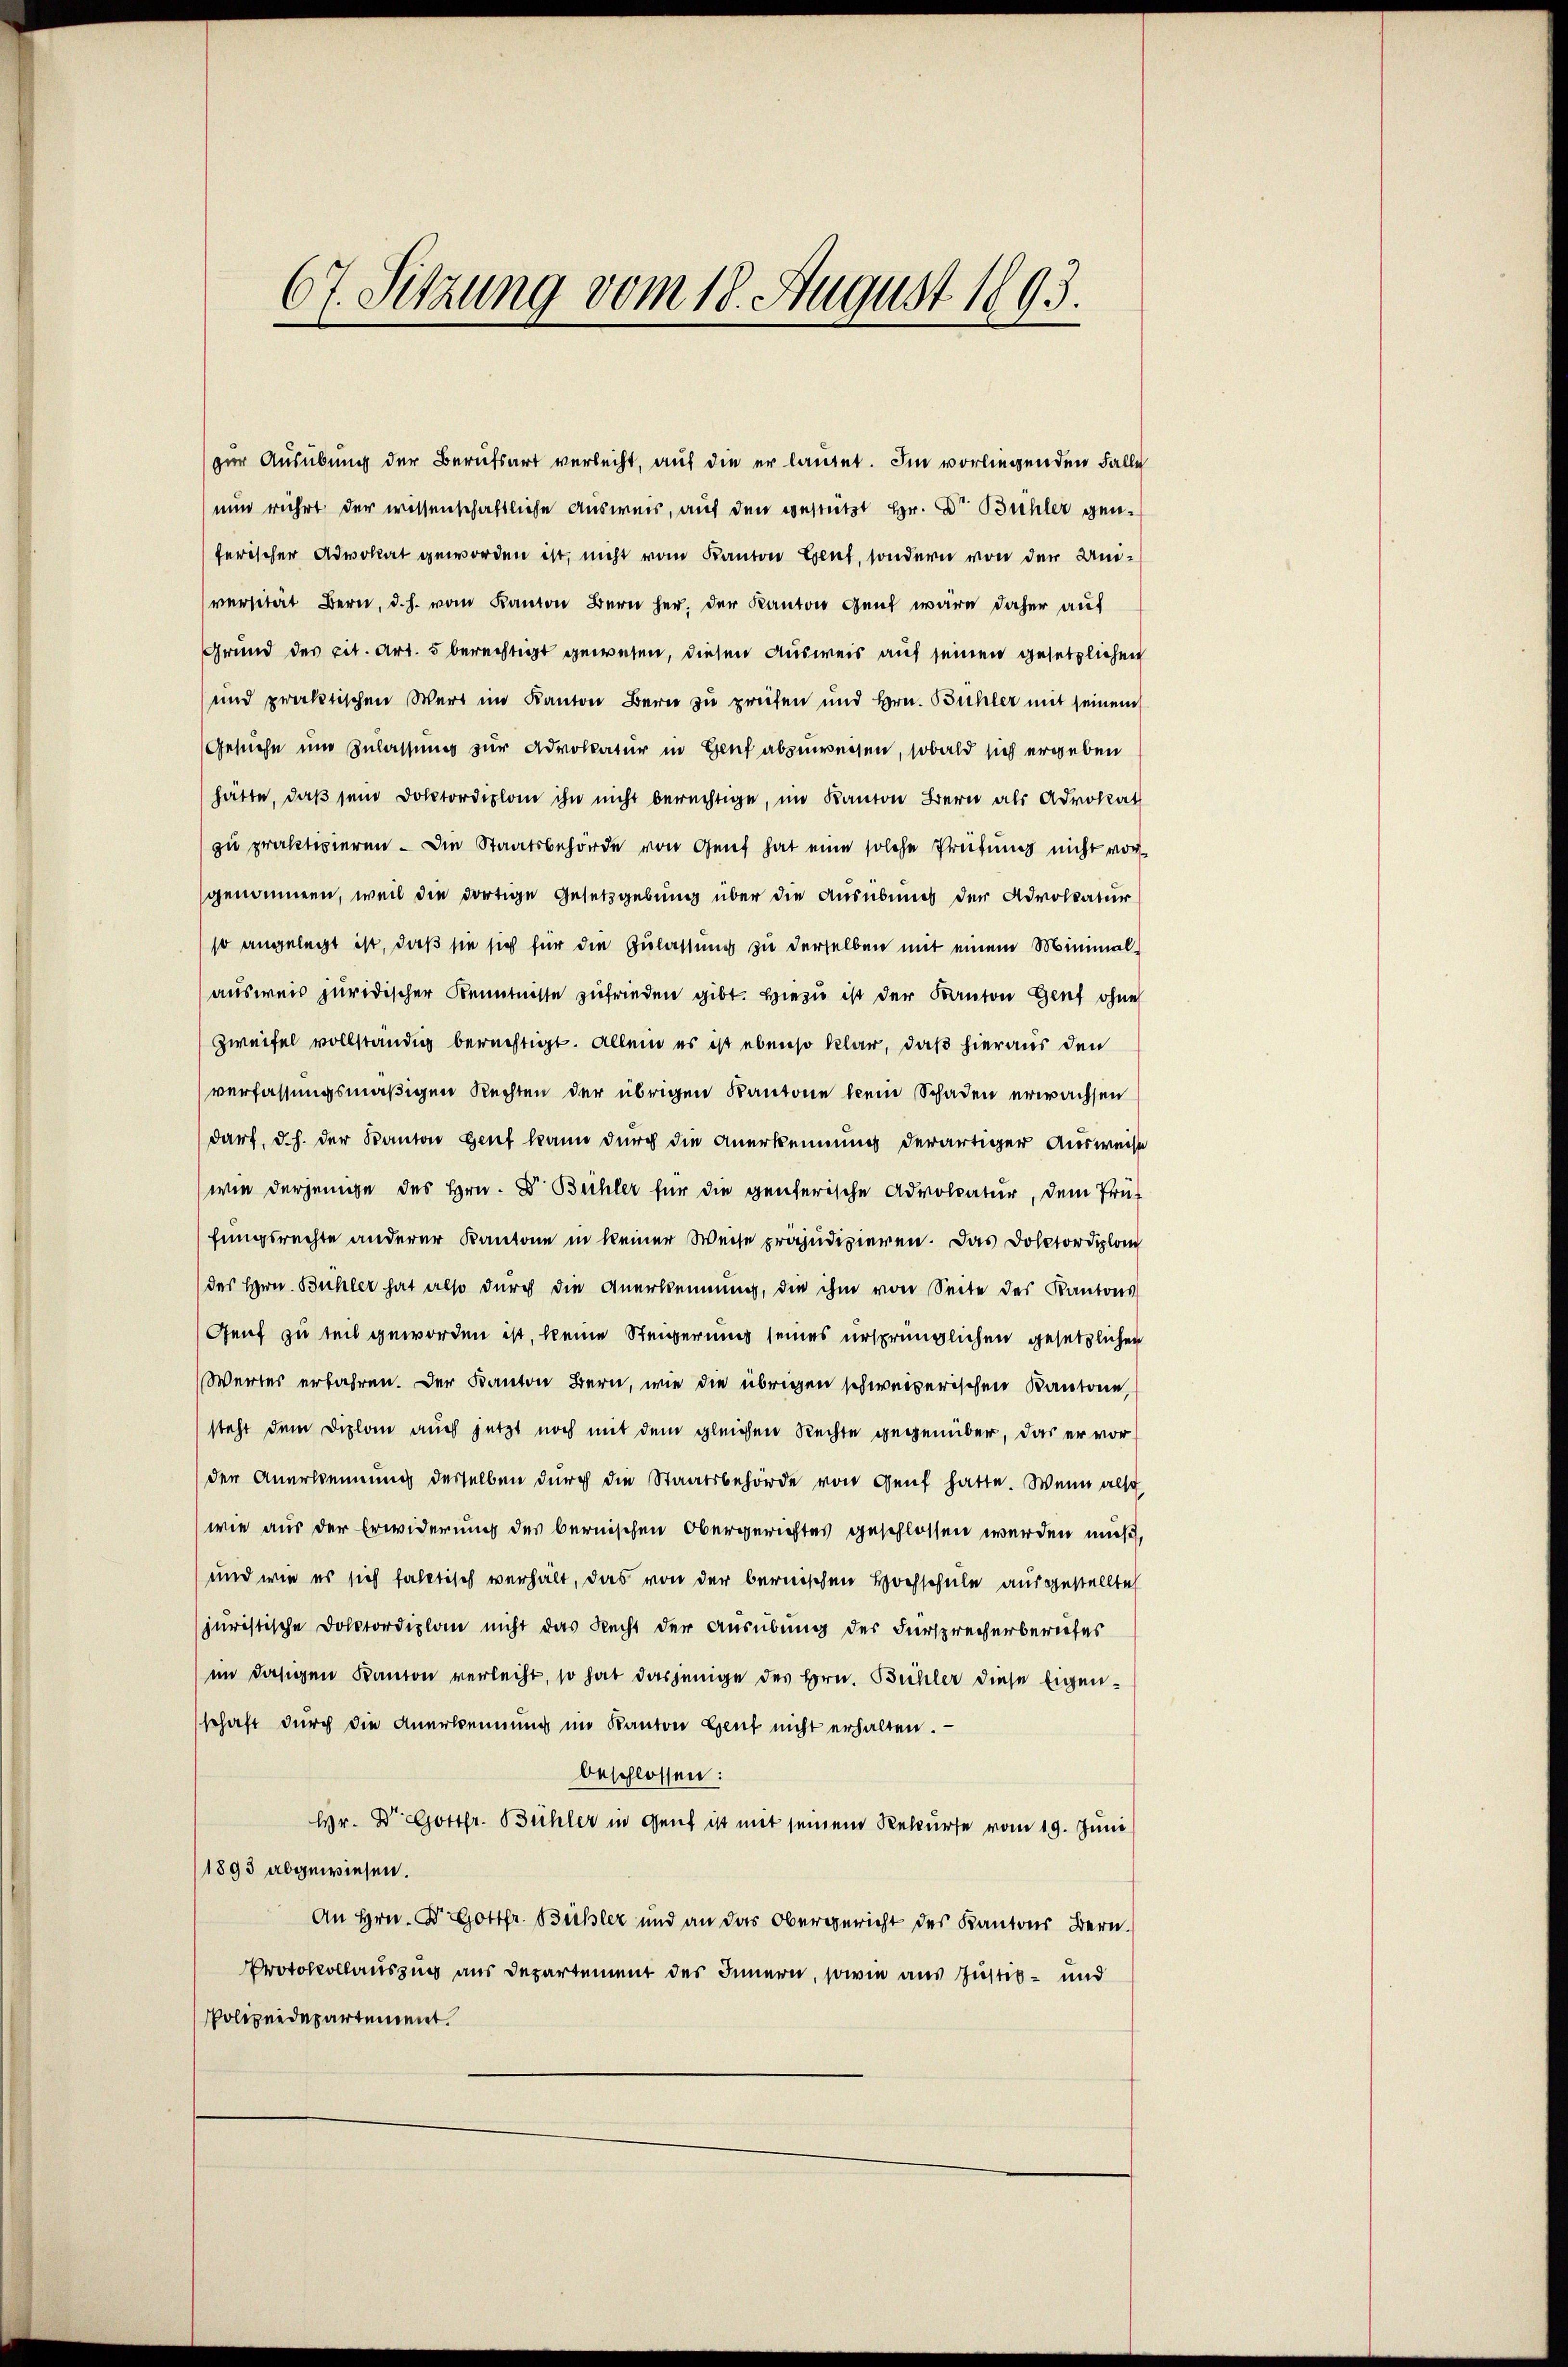
67. Sitzung vom 18. August 1893.

zur Ausübung der Berufsart verleiht, auf die er lautet. Im vorliegenden Falle
nun rührt der wissenschaftliche Ausweis, auf den gestützt Hr. Dr. Bühler genferischer Advokat geworden ist, nicht vom Kanton Gent, sondern von der Universität Bern, d. h. vom Kanton Bern her, der Kanton Gant wäre daher auf
Grund des cit. Art. 5 berechtigt gewesen, diesen Ausweis auf seinen gesetzlichen
und praktischen Wert im Kanton Bern zu preifen und Hrn. Bühler mit seinem
Gesuche und Zulassung zur Advokatur in Genf abzuweisen, sobald sich ergeben
hätte, daβ sein Doktordiplom ihn nicht berechtige, im Kanton Bern als Advokat
zu praktivieren. Die Staatsbehörde von Genf hat eine solche Prüfung nicht vor
genommen, weil die dortige Gesetzgebung über die Ausübung der Advollatur
so angelegt ist, daß sie sich für die Zulassung zu derselben mit einem Minimalausweis juridischer Kenntnisse zufrieden gibt. Hiezu ist der Kanton Genf ohne
Zweifel vollständig berechtigt. Allein es ist ebenso klar, daß hieraus den
verfassungsmäßigen Rechten der übrigen Kantone klein Schaden erwachsen
darf, d. h. der Kanton Genf kann durch die Anerkennung derartiger Ausweise
wie derjenige des Hrn. Dr. Bühler für die generische Advocatur, dem Prüf
fungsrechte anderer Kantone in keiner Weise präjudizieren. Das Doktordiplom
des Hrn. Bühler hat also durch die Anerkennung, die ihm von Seite des Kantons
Genf zu teil geworden ist, keine Steigerung seines ursprünglichen gesetzlichen
Wertes erfahren. Der Kanton Bern, wie die übrigen schweizerischen Kantone
steht dem Diplan auch jetzt noch mit dem gleichen Rechte gegenüber, das er vor
den Anerkennung derselben dŭrch die Staatsbehörde von Genf hatte. Wenn also
wie aus der Erwiderung des bernischen Obergerichtes geschlossen werden muß,
und wie es sich faltisch verhält, das von der bernischen Hochschule ausgestellte
juristische Doktordiplan nicht das Recht der Ausübung der Fürsprecherberiefes
im dasigen Kanton verleiht, so hat dasjenige des Hrn. Bühler diese Eigenschaft durch die Anerkennung im Kanton Genf nicht erhalten.
beschlossen:
Hr. Dr. Gottfr. Bühler in Genf ist mit seinem Rekurse vom 19. Juni
1893 abgewiesen.
An Hrn. Dr Gottfr. Bühler und an das Obergericht des Kantons Bern.
Protokollauszug aus Departement des Innern, sowie aus Justiz- und
Polizeidepartement.